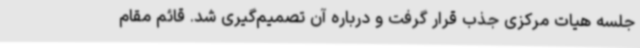
جلسه هیات مرکزی جذب قرار گرفت و درباره آن تصمیم‌گیری شد. قائم مقام